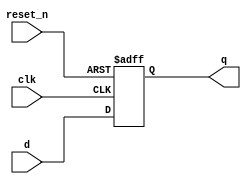
module _dff_r(clk, reset_n, d, q);//Resettable D flip flop
	input clk, reset_n;
	input d;
	output reg q;//output reg q
	
	always@ (posedge clk or negedge reset_n) begin//reset_n is prior than en
		if(~reset_n)		q<=1'b0;					
		else 					q<=d;
	end
endmodule